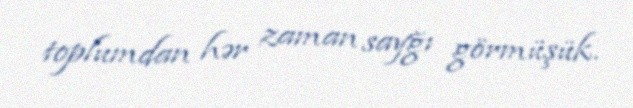
toplumdan hər zaman sayğı görmüşük.